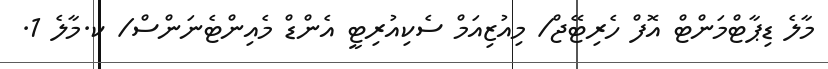
މާލެ ޑިޕާޓްމަންޓް އޮފް ހެރިޓޭޖް/ މިއުޒިއަމް ސެކިއުރިޓީ އެންޑް މެއިންޓެނަންސް/ ކ.މާލެ 1.